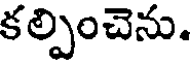
కల్పించెను.